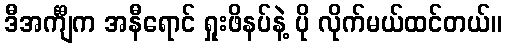
ဒီအင်္ကျီက အနီရောင် ရှုးဖိနပ်နဲ့ ပို လိုက်မယ်ထင်တယ်။